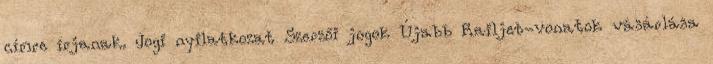
címre írjanak. Jogi nyilatkozat Szerzői jogok Újabb Railjet-vonatok vásárlása